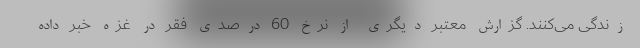
زندگی می‌کنند. گزارش معتبر دیگری از نرخ 60 درصدی فقر در غزه خبر داده